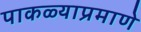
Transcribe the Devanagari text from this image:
पाकळ्याप्रमाणे